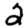
Digit: 2